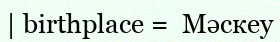
| birthplace =  Мәскеу